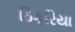
ઠિકરિયા